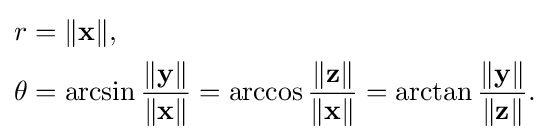
{\begin{aligned}r&=\lVert \mathbf {x} \rVert ,\\\theta &=\arcsin {\frac {\lVert \mathbf {y} \rVert }{\lVert \mathbf {x} \rVert }}=\arccos {\frac {\lVert \mathbf {z} \rVert }{\lVert \mathbf {x} \rVert }}=\arctan {\frac {\lVert \mathbf {y} \rVert }{\lVert \mathbf {z} \rVert }}.\end{aligned}}